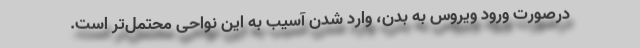
درصورت ورود ویروس به بدن، وارد شدن آسیب به این نواحی محتمل‌تر است.